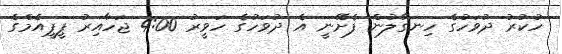
ހުކުރު ދުވަހުގެ ހިނގާލުން ފެށޭނީ އެ ދުވަހުގެ ހަވީރު 4:00 ޖަހާއިރު ޕީޕީއެމްގެ